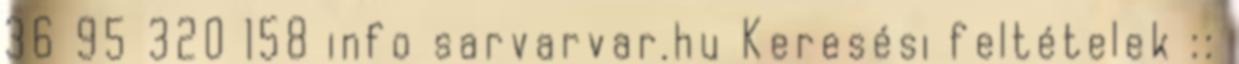
36 95 320 158 info sarvarvar.hu Keresési feltételek ::